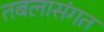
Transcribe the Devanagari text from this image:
तबलासंगत